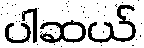
ပါဆယ်